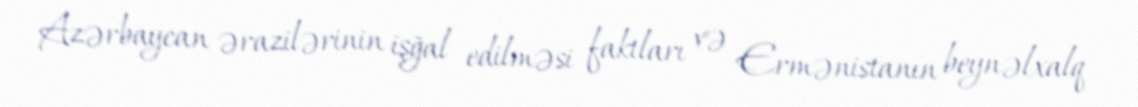
Azərbaycan ərazilərinin işğal edilməsi faktları və Ermənistanın beynəlxalq